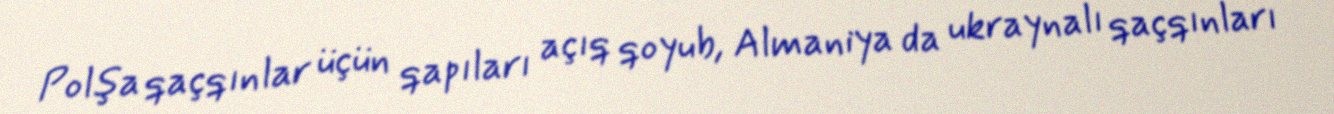
Polşa qaçqınlar üçün qapıları açıq qoyub, Almaniya da ukraynalı qaçqınları